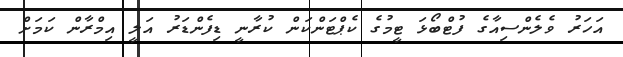
އަހަރު ވެލެންސިއާގެ ފުޓްބޯޅަ ޓީމުގެ ކެޕްޓަންކަން ކުރާނީ ޑިފެންޑަރު އަލީ އިމްރާން ކަމަށް